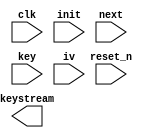
module grain128_core(
                     input wire           clk,
                     input wire           reset_n,

                     input wire           init,
                     input wire           next,

                     input wire [127 : 0] key,
                     input wire [095 : 0] iv,

                     output wire [7 : 0]  keystream
                    );


  //----------------------------------------------------------------
  // Internal constant and parameter definitions.
  //----------------------------------------------------------------
  localparam CTRL_IDLE = 3'h0;


  //----------------------------------------------------------------
  // Registers including update variables and write enable.
  //----------------------------------------------------------------
  reg [7 : 0] lfsr_reg [0 : 127];
  reg [7 : 0] lfsr_new [0 : 127];
  reg         lfsr_init;
  reg         lfsr_load;
  reg         lfsr_next;
  reg         lfsr_we;

  reg [7 : 0] nfsr_reg [0 : 127];
  reg [7 : 0] nfsr_new [0 : 127];
  reg         nfsr_init;
  reg         nfsr_load;
  reg         nfsr_next;
  reg         nfsr_we;

  reg [2 : 0] core_ctrl_reg;
  reg [2 : 0] core_ctrl_new;
  reg         core_ctrl_we;


  //----------------------------------------------------------------
  // Wires.
  //----------------------------------------------------------------


  //----------------------------------------------------------------
  // Concurrent connectivity for ports etc.
  //----------------------------------------------------------------


  //----------------------------------------------------------------
  // Internal functions.
  //----------------------------------------------------------------


  //----------------------------------------------------------------
  // reg_update
  //
  // Update functionality for all registers in the core.
  // All registers are positive edge triggered with synchronous
  // active low reset.
  //----------------------------------------------------------------
  always @ (posedge clk)
    begin: reg_update
      integer i;

      if (!reset_n) begin
        for (i = 0; i < 128; i = i + 1) begin
          lfsr_reg[i]  <= 8'h0;
          nfsr_reg[i]  <= 8'h0;
        end

        core_ctrl_reg <= CTRL_IDLE;
      end

      else begin
        if (lfsr_we)
          for (i = 0 ; i < 128 ; i = i + 1)
            lfsr_reg[i] <= lfsr_new[i];

        if (nfsr_we)
          for (i = 0 ; i < 128 ; i = i + 1)
            nfsr_reg[i] <= nfsr_new[i];

        if (core_ctrl_we)
          core_ctrl_reg <= core_ctrl_new;
      end
    end // reg_update


  //----------------------------------------------------------------
  // lfsr_update
  // Update logic for the LFSR.
  //----------------------------------------------------------------
  always @*
    begin : lfsr_update
      integer i;
      reg [7 : 0] s127_new;

      for (i = 0; i < 128; i = i + 1) begin
        lfsr_reg[i] = 8'h0;
      end

      lfsr_we  = 1'h0;


      s127_new = lfsr_reg[000] ^ lfsr_reg[007] ^ lfsr_reg[038] ^
                 lfsr_reg[070] ^ lfsr_reg[081] ^ lfsr_reg[096];


      if (lfsr_next) begin
        lfsr_new[127] = s127_new;

        for (i = 0 ; i < 127 ; i = i + 1)
          lfsr_new[i] = lfsr_reg[(i + 1)];
        lfsr_we       = 1'h1;
      end
    end


  //----------------------------------------------------------------
  // nfsr_update
  // Update logic for the NFSR.
  //----------------------------------------------------------------
  always @*
    begin : nfsr_update
      integer     i;
      reg [7 : 0] s127_new;

      for (i = 0; i < 128; i = i + 1) begin
        nfsr_reg[i] = 8'h0;
      end

      nfsr_we  = 1'h0;


      s127_new = nfsr_reg[96]  ^ nfsr_reg[91]  ^ nfsr_reg[56]  ^ nfsr_reg[26] ^
                 nfsr_reg[0]   ^ (nfsr_reg[84] & nfsr_reg[68]) ^
                 (nfsr_reg[67] & nfsr_reg[3])  ^ (nfsr_reg[65] & nfsr_reg[61]) ^
                 (nfsr_reg[59] & nfsr_reg[27]) ^ (nfsr_reg[48] & nfsr_reg[40]) ^
                 (nfsr_reg[18] & nfsr_reg[17]) ^ (nfsr_reg[13] & nfsr_reg[11]) ^
		 (nfsr_reg[82] & nfsr_reg[78]  & nfsr_reg[70]) ^
                 (nfsr_reg[25] & nfsr_reg[24]  & nfsr_reg[22]) ^
		 (nfsr_reg[95] & nfsr_reg[93]  & nfsr_reg[92]  & nfsr_reg[88]);


      if (nfsr_next) begin
        nfsr_new[127] = s127_new;
        for (i = 0 ; i < 127 ; i = i + 1)
          nfsr_new[i] = nfsr_reg[(i + 1)];
        nfsr_we       = 1'h1;
      end
    end


  //----------------------------------------------------------------
  // core_ctrl
  //----------------------------------------------------------------
  always @*
    begin : core_ctrl
      lfsr_init = 1'h0;
      lfsr_load = 1'h0;
      lfsr_next = 1'h0;

      nfsr_init = 1'h0;
      nfsr_load = 1'h0;
      nfsr_next = 1'h0;

      case (core_ctrl_reg)
        CTRL_IDLE : begin

        end

        default : begin
        end
      endcase // case (core_ctrl_reg)
    end

endmodule